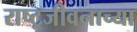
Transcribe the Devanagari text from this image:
राष्ट्रजीवनाच्या